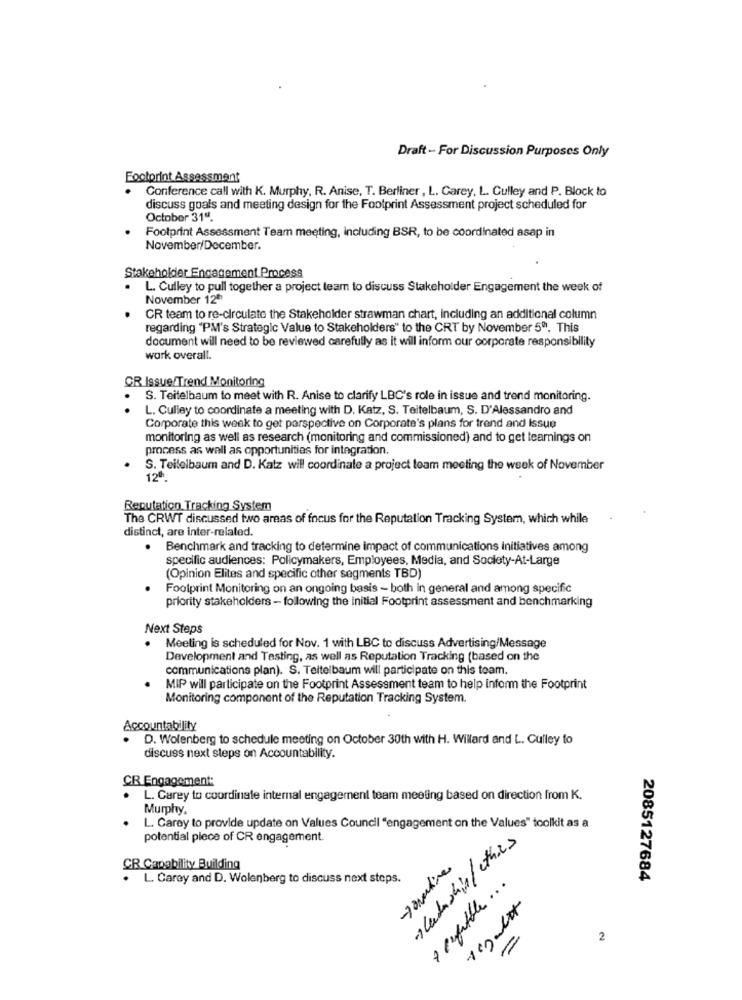
Draft - For Discussion Purposes Only
Footprint Assessment
Conference call with K. Murphy, R. Anise, T. Berliner , L. Carey, L. Culley and P. Block to
discuss goals and meeting design for the Footprint Assessment project scheduled for
October 31".
Footprint Assessment Team meeting, including BSR, to be coordinated asap in
November/December.
Stakeholder Engagement Process
.
L. Culley to pull together a project team to discuss Stakeholder Engagement the week of
November 12ª
CR team to re-circulate the Stakeholder strawman chart, including an additional column
regarding "PM's Strategic Value to Stakeholders" to the CRT by November 5". This
document will need to be reviewed carefully as it will inform our corporate responsibility
work overall.
CR Issue/Trend Monitoring
S. Teitelbaum to meet with R. Anise to clarify LBC's role in issue and trend monitoring.
L. Culley to coordinate a meeting with D. Katz, S. Teitelbaum, S. D'Alessandro and
Corporate this week to get perspective on Corporate's plans for trend and Issue
monitoring as well as research (monitoring and commissioned) and to get learnings on
process as well as opportunities for integration.
S. Teilelbaum and D. Katz will coordinate a project team meeting the week of November
12º.
Reputation Tracking System
The CRWT discussed two areas of focus for the Reputation Tracking System, which while
distinct, are inter-related.
Benchmark and tracking to determine impact of communications Initiatives among
specific audiences: Policymakers, Employees, Media, and Society-At-Large
(Opinion Elites and specific other segments TBD)
Footprint Monitoring on an ongoing basis - both in general and among specific
priority stakeholders - following the initial Footprint assessment and benchmarking
Next Steps
Meeting is scheduled for Nov. 1 with LBC to discuss Advertising/Message
Development and Testing, as well as Reputation Tracking (based on the
communications plan). S. Teitelbaum will participate on this team.
MIP will participate on the Footprint Assessment team to help inform the Footprint
Monitoring component of the Reputation Tracking System.
Accountability
D. Wolenberg to schedule meeting on October 30th with H. Willard and L. Culley to
discuss next steps on Accountability.
CR Engagement:
L. Carey to coordinate internal engagernent team meeting based on direction from K.
Murphy.
L. Carey to provide update on Values Council "engagement on the Values" toolkit as a
potential piece of CR engagement.
> leadership/ this
CR Capability Building
. L. Carey and D. Wolenberg to discuss next steps.
8 capitale ...
2085127684
2
=